Laidoner,_Johan, lk 92
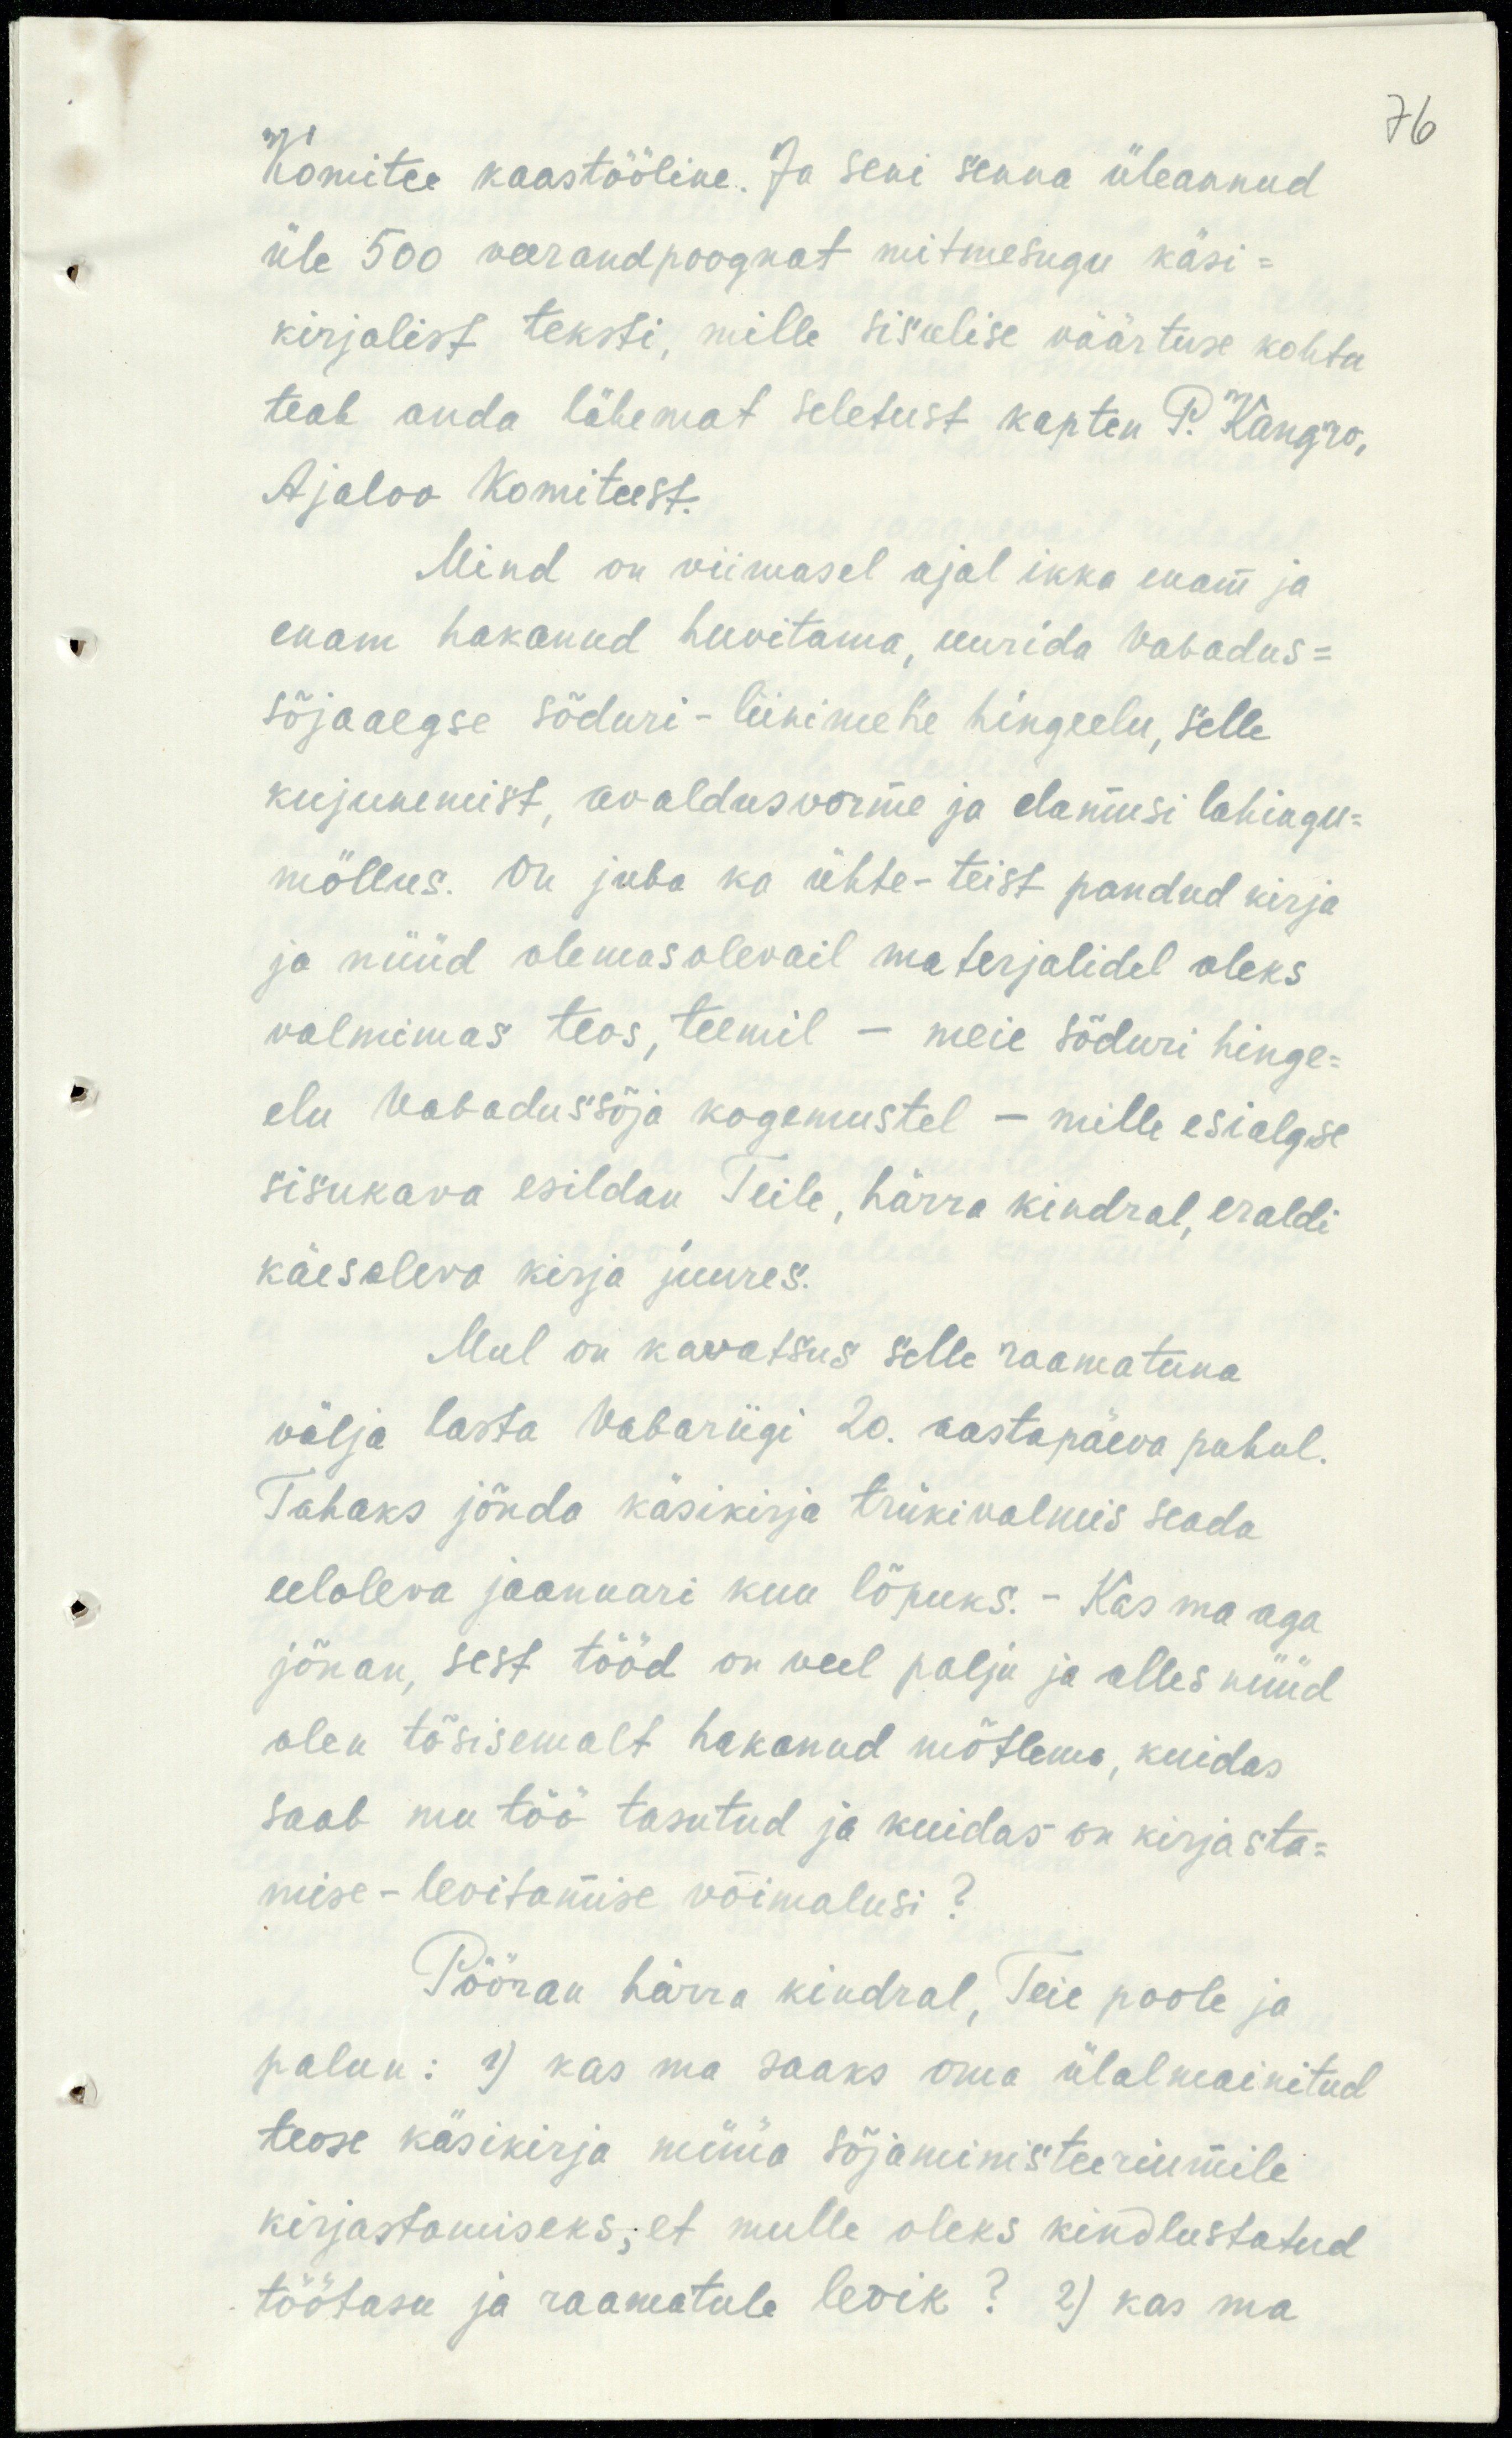
76

Komitee kaastööline. Ja seni senna üleannud
üle 500 veerandpoognat mitmesugu käsi-
kirjalist teksti, mille sisulise väärtuse kohta
teab anda lähemat seletust kapten P. Kangro.
Ajaloo Komiteest.
Mind on viimasel ajal ikka enam ja
enam hakanud huvitama, uurida vabadus-
sõjaaegse sõduri - liinimehe hingeelu, selle
kujunemist, avaldusvorme ja elamusi lahingu-
möllus. On juba ka ühte-teist pandud kirja
ja nüüd olemas olevail materjalidel oleks
valmimas teos, teemil - meie sõduri hinge-
elu vabadussõja kogemustel - mille esialgse
sisukava esildan Teile, härra kindral, eraldi
käesoleva kirja juures.
Mul on kavatsus selle raamatuna
välja lasta Vabariigi 20. aastapäeva puhul.
Tahaks jõuda käsikirja trükivalmis seada
eeloleva jaanuari kuu lõpuks. - Kas ma aga
jõuan, sest tööd on veel palju ja alles nüüd
olen tõsisemalt hakanud mõtlema, kuidas
saab mu töö tasutud ja kuidas on kirjasta-
mise-levitamise võimalusi?
Pööran härra kindral, Teie poole ja
palun: 1) kas ma saaks oma ülalmainitud
teose käsikirja müüa sõjaministeeriumile
kirjastamiseks, et mulle oleks kindlustatud
töötasu ja raamatule levik? 2) kas ma